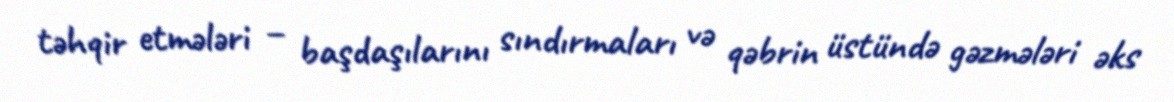
təhqir etmələri – başdaşılarını sındırmaları və qəbrin üstündə gəzmələri əks